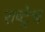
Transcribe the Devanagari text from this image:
राष्ट्रेच